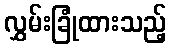
လွှမ်းခြုံထားသည့်